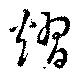
熠